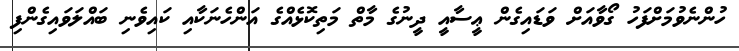
ހުންނެވުމަށްފަހު ގޯވާއަށް ވަޑައިގެން ޢީސާއީ ދީނުގެ މާތް މަތިކޮޅެއްގެ އަންހެނަކާއި ކައިވެނި ބައްލަވައިގެންފި